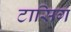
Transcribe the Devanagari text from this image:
टासिग